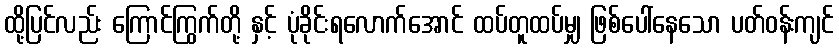
ထို့ပြင်လည်း ကြောင်ကြွက်တို့ နှင့် ပုံခိုင်းရလောက်အောင် ထပ်တူထပ်မျှ ဖြစ်ပေါ်နေသော ပတ်ဝန်းကျင်